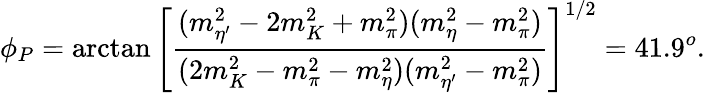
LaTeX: \phi_{P}=\arctan\left[\frac{(m_{\eta^{\prime}}^{2}-2m_{K}^{2}+m_{\pi}^{2})(m_{\eta}^{2}-m_{\pi}^{2})}{(2m_{K}^{2}-m_{\pi}^{2}-m_{\eta}^{2})(m_{\eta^{\prime}}^{2}-m_{\pi}^{2})}\right]^{1/2}=41.9^{o}.